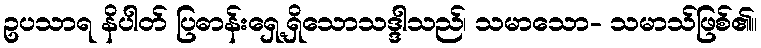
ဥပသာရ နိပါတ် ပြဓာန်းရှေ့ရှိသောသဒ္ဒါသည်၊ သမာသော- သမာသ်ဖြစ်၏။